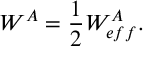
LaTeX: W ^ { A } = \frac { 1 } { 2 } W _ { e f f } ^ { A } .